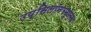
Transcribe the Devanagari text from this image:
उप्सिलॉनमधूनच